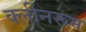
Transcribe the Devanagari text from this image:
क्लीनरूम